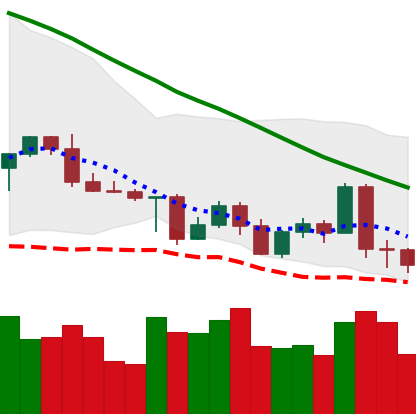
Ticker: LTC-USD
Chart end date: 2022-05-07
Forward return: -31.9%
Label: down_7plus